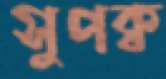
সুপক্ব